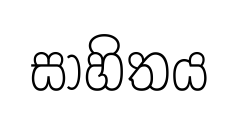
සාහිතය